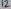
Text: 12